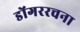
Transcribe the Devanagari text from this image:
डोंगररचना